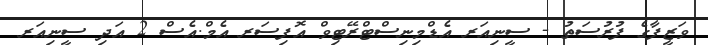
ވަޒީފާގެ ފުރުސަތު - ސީނިއަރ އެޑްމިނިސްޓްރޭޓިވް އޮފިސަރ އެމް.އެސް 2 އަދި ސީނިއަރ